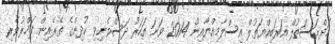
މަދްރަސަތުލް އަރަބިއްޔަތުލް އިސްލާމިއްޔާއިން 2014 ވަނަ އަހަރު ދަސްވެނިވި ކުދިންގެ ތެރެއިން ފަޚްރުވެރި